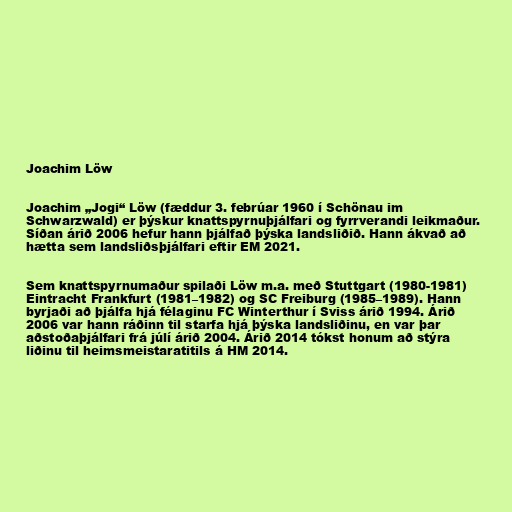
Joachim Löw

Joachim „Jogi“ Löw (fæddur 3. febrúar 1960 í Schönau im
Schwarzwald) er þýskur knattspyrnuþjálfari og fyrrverandi leikmaður.
Síðan árið 2006 hefur hann þjálfað þýska landsliðið. Hann ákvað að
hætta sem landsliðsþjálfari eftir EM 2021.

Sem knattspyrnumaður spilaði Löw m.a. með Stuttgart (1980-1981)
Eintracht Frankfurt (1981–1982) og SC Freiburg (1985–1989). Hann
byrjaði að þjálfa hjá félaginu FC Winterthur í Sviss árið 1994. Árið
2006 var hann ráðinn til starfa hjá þýska landsliðinu, en var þar
aðstoðaþjálfari frá júlí árið 2004. Árið 2014 tókst honum að stýra
liðinu til heimsmeistaratitils á HM 2014.